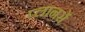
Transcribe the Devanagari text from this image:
प्लानरों